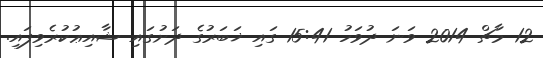
12 މާޗް 2014 ވަނަ ދުވަހު 15:41 ގައި ޚަބަރުގެ ދަށުގައި ޝާއިޢުކުރެވިފައި.